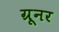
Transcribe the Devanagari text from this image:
ग्रूनर